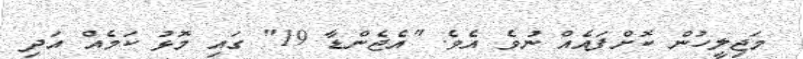
މަޖިލީހުން ކޮށްފައެއް ނުވެ އެވެ. "އެޖެންޑާ 19" ގައި މޮޅު ކަމެއް އަދި